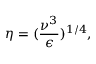
\eta = ( \frac { \nu ^ { 3 } } { \epsilon } ) ^ { 1 / 4 } ,